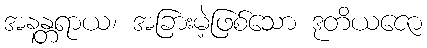
အနန္တရာယ၊ အခြားမဲ့ဖြစ်သော ဒုတိယဇော